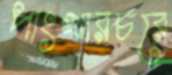
পাংখারচরে